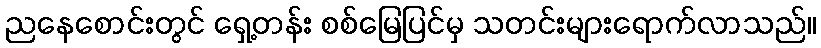
ညနေစောင်းတွင် ရှေ့တန်း စစ်မြေပြင်မှ သတင်းများရောက်လာသည်။